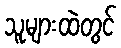
သူများထဲတွင်